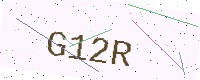
Text: G12R